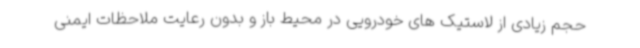
حجم زیادی از لاستیک های خودرویی در محیط باز و بدون رعایت ملاحظات ایمنی